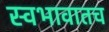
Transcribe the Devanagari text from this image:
स्वभावातच